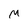
Character: m